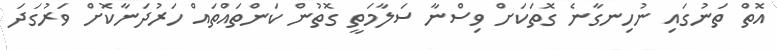
އޮތް ތަނުގައި ނުހިނގާނެ ގޮތަކަށް ވިސްނާ ސަލާމަތީ ގޮތުން ކަންތައްތައް ހަރުދަނާކޮށް ވަރުގަދަ